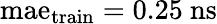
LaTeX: \mathrm{mae}_{\mathrm{train}}=0.25~\mathrm{ns}